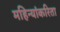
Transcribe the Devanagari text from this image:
महिन्यांकरिता